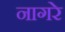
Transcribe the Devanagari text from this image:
नागरे